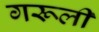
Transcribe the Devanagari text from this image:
गरूली